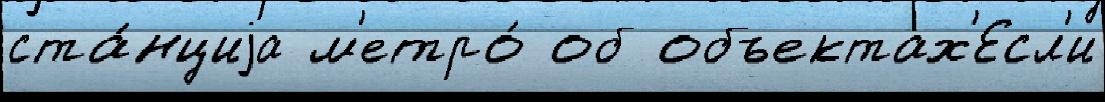
ста́нциjа м'етро́ об объектах'Есл'и